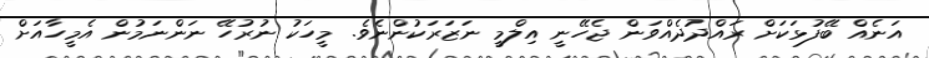
އަނެއް ބޭފުޅަކަށް ރައްދުދެއްވަން ޖެހޭނީ އިލްމީ ނަޒަރަކުންނެވެ. މީހަކު ނުރުހޭ ނަންނަމުން އެމީހާއަށް